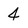
Character: 4